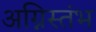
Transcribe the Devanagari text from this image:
अग्निस्तंभ